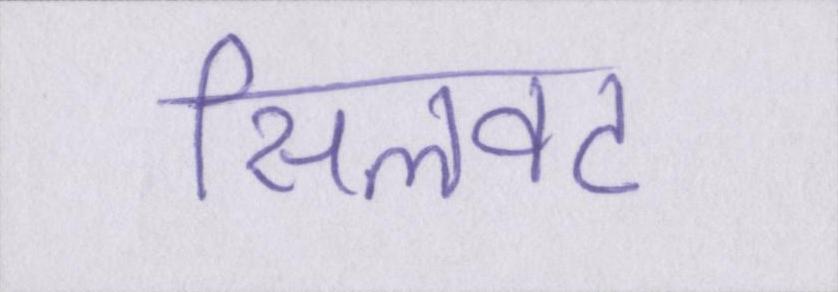
सिलवट